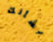
بشأنك